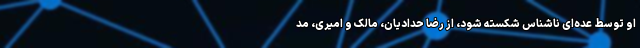
او توسط عده‌ای ناشناس شکسته شود، از رضا حدادیان، مالک و امیری، مد